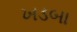
ખડબા